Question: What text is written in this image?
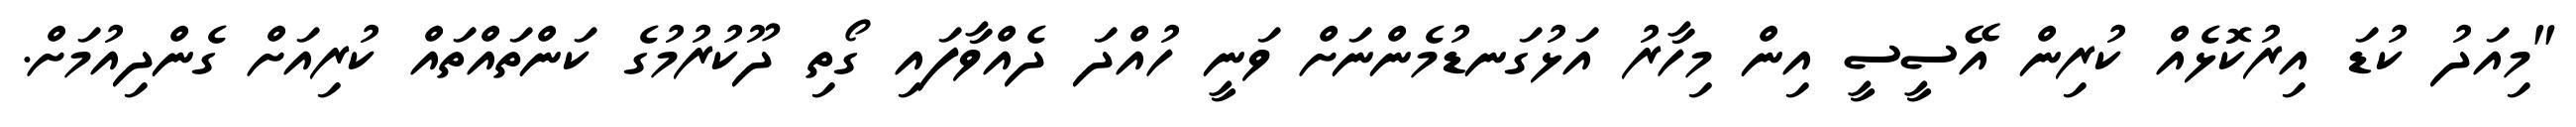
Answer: "މިއަދު ކުޑަ އިރުކޮޅެއް ކުރިން އޭސީސީ އިން މިހާރު އަޅުގަނޑުމެންނަށް ވަނީ ހުއްދަ ދެއްވާފައި ގޯތި ދޫކުރުމުގެ ކަންތައްތައް ކުރިއަށް ގެންދިއުމަށް.